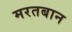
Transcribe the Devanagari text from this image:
मरतबान